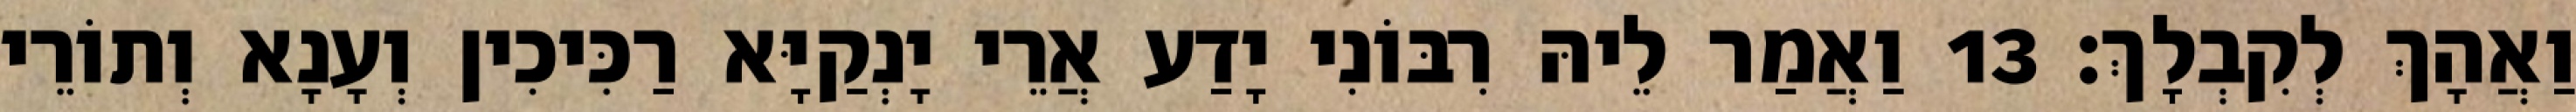
וַאֲהָךְ לְקִבְלָךְ׃ 13 וַאֲמַר לֵיהּ רִבּוֹנִי יָדַע אֲרֵי יָנְקַיָּא רַכִּיכִין וְעָנָא וְתוֹרֵי